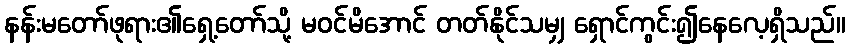
နန်းမတော်ဖုရား၏ရှေ့တော်သို့ မဝင်မိအောင် တတ်နိုင်သမျှ ရှောင်ကွင်း၍နေလေ့ရှိသည်။